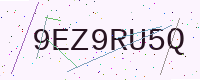
Text: 9EZ9RU5Q